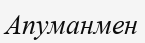
Апуманмен